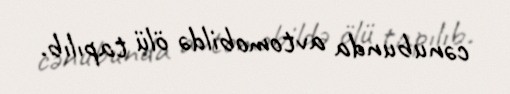
cənubunda avtomobildə ölü tapılıb.